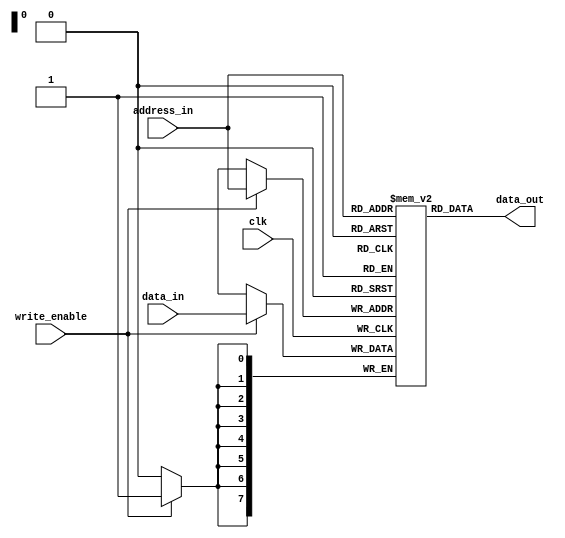
module NVRAM (
    input wire clk,
    input wire write_enable,
    input wire [7:0] data_in,
    input wire [7:0] address_in,
    output reg [7:0] data_out
);

reg [7:0] memory [0:255];

always @(posedge clk) begin
    if (write_enable) begin
        memory[address_in] <= data_in;
    end
end

always @* begin
    data_out = memory[address_in];
end

endmodule